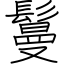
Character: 鬘